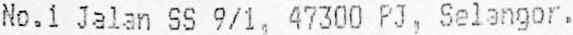
NO.1 JALAN SS 9/1, 47300 PJ, SELANGOR.